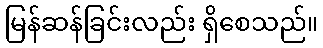
မြန်ဆန်ခြင်းလည်း ရှိစေသည်။